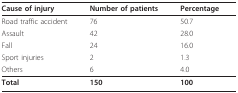
<table><thead><tr><td><b>Cause of injury</b></td><td><b>Number of patients</b></td><td><b>Percentage</b></td></tr></thead><tbody><tr><td>Road traffic accident</td><td>76</td><td>50.7</td></tr><tr><td>Assault</td><td>42</td><td>28.0</td></tr><tr><td>Fall</td><td>24</td><td>16.0</td></tr><tr><td>Sport injuries</td><td>2</td><td>1.3</td></tr><tr><td>Others</td><td>6</td><td>4.0</td></tr><tr><td><b>Total</b></td><td><b>150</b></td><td><b>100</b></td></tr></tbody></table>